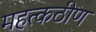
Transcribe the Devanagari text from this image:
महत्कठीण